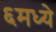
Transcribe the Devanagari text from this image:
६मध्ये